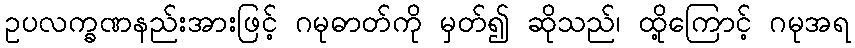
ဥပလက္ခဏနည်းအားဖြင့် ဂမုဓာတ်ကို မှတ်၍ ဆိုသည်၊ ထို့ကြောင့် ဂမုအရ